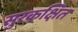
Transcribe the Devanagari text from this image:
सुरकक्षित